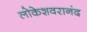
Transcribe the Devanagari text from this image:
लोकेशवरानंद